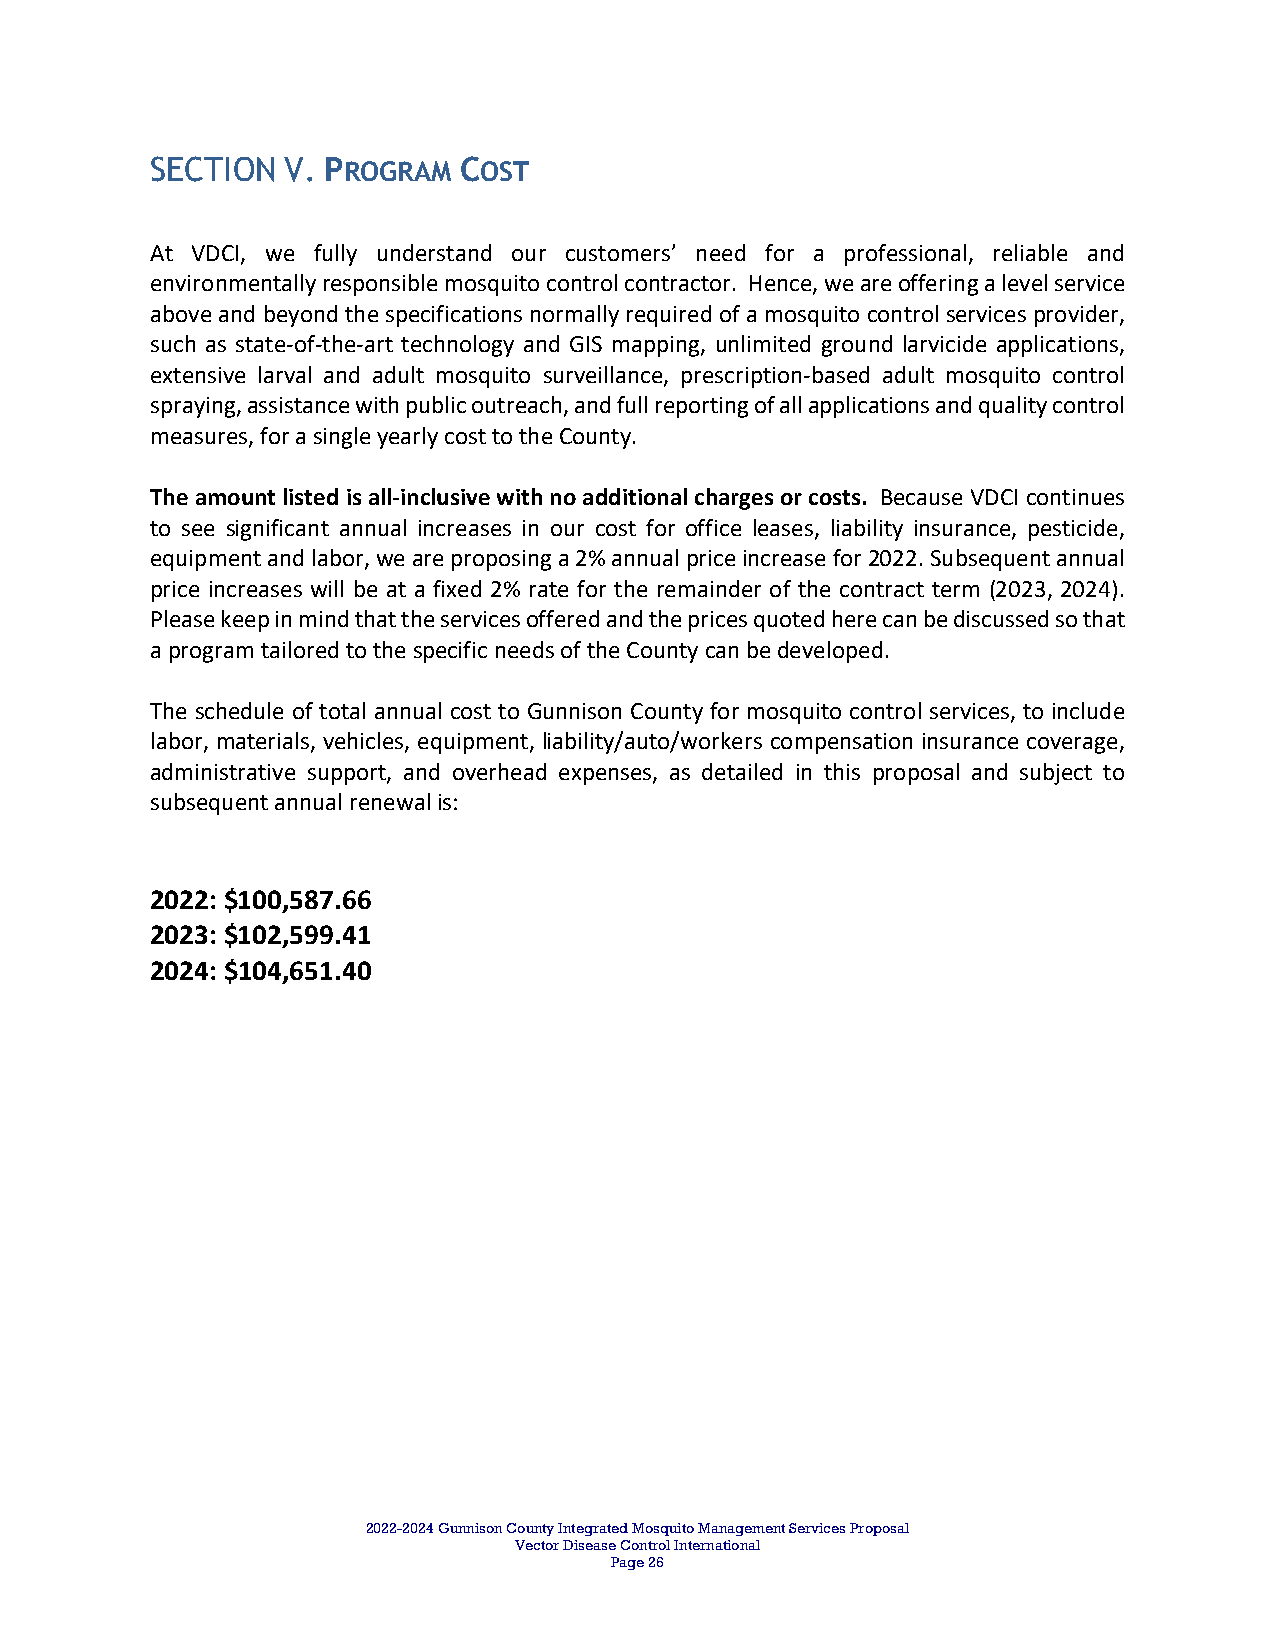
SECTION  V. PROGRAM COST
 At VDCI, we fully understand our customers’ need for a professional, reliable and
 environmentally responsible mosquito control contractor. Hence, we are offering a level service
 above and beyond the specifications normally required of a mosquito control services provider,
 such as state‐of‐the‐art technology and GIS mapping, unlimited ground larvicide applications,
 extensive larval and adult mosquito surveillance, prescription‐based adult mosquito control
 spraying, assistance with public outreach, and full reporting of all applications and quality control
 measures, for a single yearly cost to the County.
 The amount listed is all‐inclusive with no additional charges or costs. Because VDCI continues
 to see significant annual increases in our cost for office leases, liability insurance, pesticide,
 equipment and labor, we are proposing a 2% annual price increase for 2022. Subsequent annual
 price increases will be at a fixed 2% rate for the remainder of the contract term (2023, 2024).
 Please keep in mind that the services offered and the prices quoted here can be discussed so that
 a program tailored to the specific needs of the County can be developed.
 The schedule of total annual cost to Gunnison County for mosquito control services, to include
 labor, materials, vehicles, equipment, liability/auto/workers compensation insurance coverage,
 administrative support, and overhead expenses, as detailed in this proposal and subject to
 subsequent annual renewal is:
 2022: $100,587.66
 2023: $102,599.41
 2024: $104,651.40
 2022-2024 Gunnison County Integrated Mosquito Management Services Proposal
 Vector Disease Control International
 Page 26